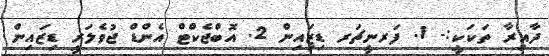
ދާއިރާ ތަކަކީ:- 1. ފަރނީޗަރ ޑިޒަިއިން 2. އޮބްޖެކްޓް އެންޑް ޖުވެލަރީ ޑިޒައިން